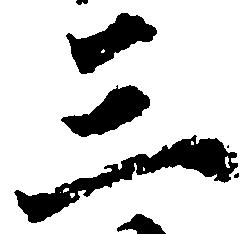
三